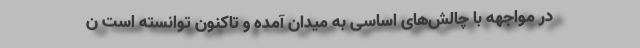
در مواجهه با چالش‌های اساسی به میدان آمده ‌و تاکنون توانسته است ن